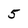
Character: 5